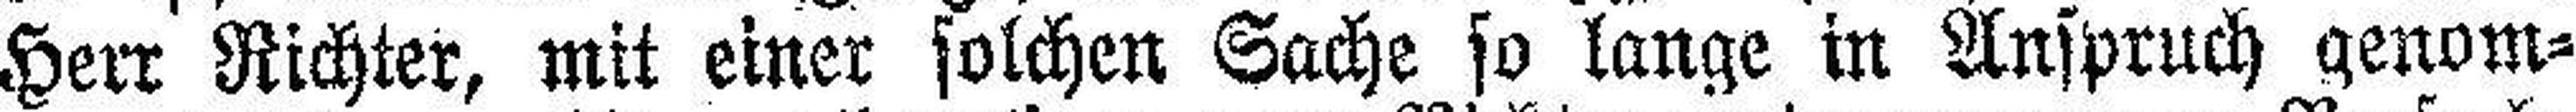
Herr Richter, mit einer solchen Sache so lange in Anspruch genom¬